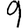
Digit: 9